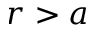
r > a